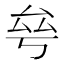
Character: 𠫫